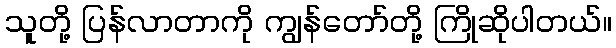
သူတို့ ပြန်လာတာကို ကျွန်တော်တို့ ကြိုဆိုပါတယ်။